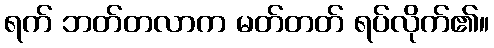
ရက် ဘတ်တလာက မတ်တတ် ရပ်လိုက်၏။